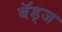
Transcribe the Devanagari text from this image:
बॅड्ज